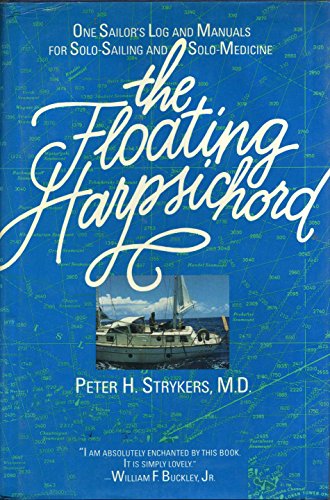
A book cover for The Floating Harpsichord: One Sailor's Log and Manuals for Solo-Sailing and Solo-Medicine; Peter H. Strykers; Travel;